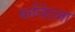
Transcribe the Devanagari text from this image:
ब्लँचेटला